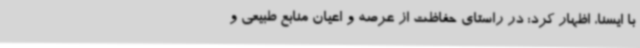
با ایسنا، اظهار کرد: در راستای حفاظت از عرصه و اعیان منابع طبیعی و